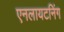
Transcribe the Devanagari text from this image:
एनलायटनिंग